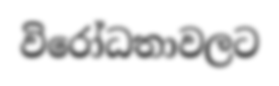
විරෝධතාවලට